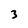
Character: 3